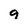
Character: 9